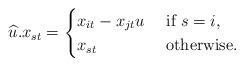
LaTeX: \begin{align*} \widehat{u}.x_{st} = \begin{cases} x_{it}-x_{jt}u &\mbox{ if } s =i, \\ x_{st} &\mbox{ otherwise}. \\ \end{cases}\end{align*}